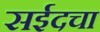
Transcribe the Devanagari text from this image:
सईदचा